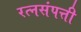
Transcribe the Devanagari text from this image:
रत्नसंपत्ती